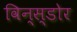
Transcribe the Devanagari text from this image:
विन्स्डोर